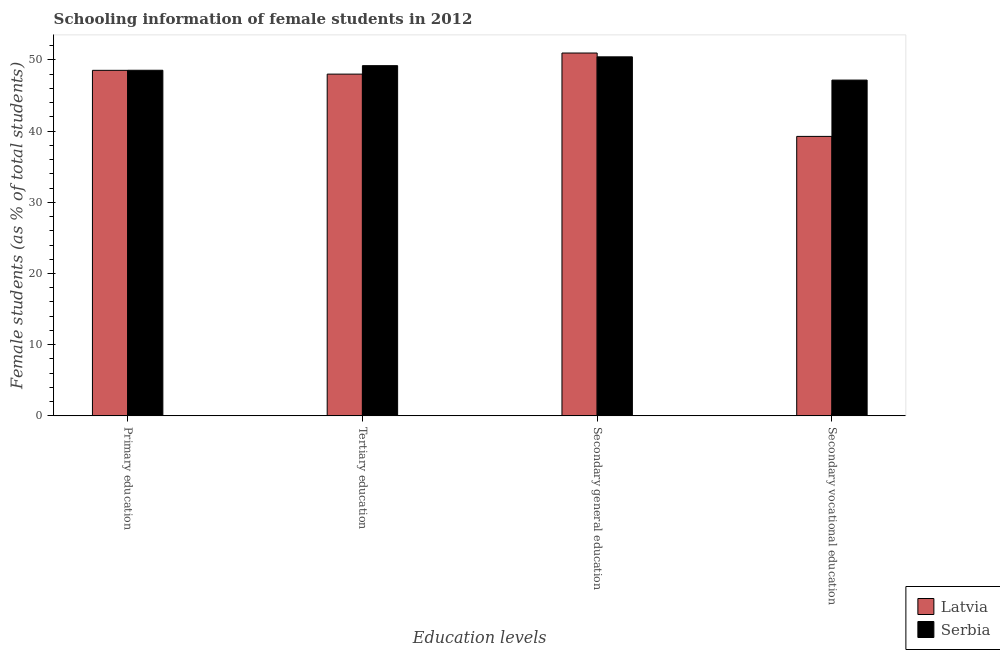
| Education levels | Latvia | Serbia |
 | --- | --- | --- |
 | Primary education | 48.5 | 48.5 |
 | Tertiary education | 48 | 49.2 |
 | Secondary general education | 51 | 50.4 |
 | Secondary vocational education | 39.3 | 47.2 |